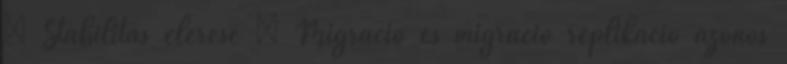
– Stabilitás elérése ● Migráció és migráció replikáció azonos